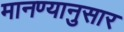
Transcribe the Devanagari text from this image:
मानण्यानुसार